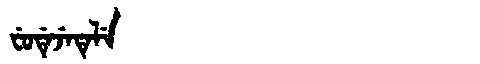
Manchu: ᠸᡠᡩᡝᠵᡝᡨᡝᠯᡝ
Romanization: FUDEJETELE